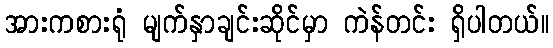
အားကစားရုံ မျက်နှာချင်းဆိုင်မှာ ကဲန်တင်း ရှိပါတယ်။